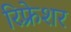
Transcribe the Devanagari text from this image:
रिफ़्रेशर